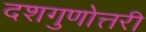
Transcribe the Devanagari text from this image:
दशगुणोत्तरी